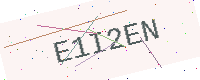
Text: E1I2EN